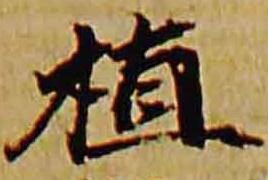
植